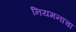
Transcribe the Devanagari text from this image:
नियमनाचा